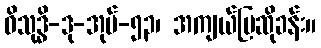
ဝိသုဒ္ဓိ-ဒု-အုပ်-၅၃၊ အကျယ်ပြဆိုခန်း။